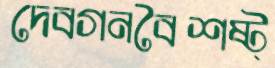
দেবগনবৈশষ্ট্